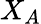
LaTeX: X_{A}